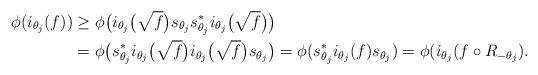
LaTeX: \begin{align*}\phi(i_{\theta_j}(f)) &\ge \phi\big(i_{\theta_j}\big(\sqrt{f}\big) s_{\theta_j} s_{\theta_j}^*i_{\theta_j}\big(\sqrt{f}\big)\big)\\ &= \phi\big(s_{\theta_j}^*i_{\theta_j}\big(\sqrt{f}\big)i_{\theta_j}\big(\sqrt{f}\big) s_{\theta_j}\big) = \phi(s_{\theta_j}^*i_{\theta_j}(f) s_{\theta_j}) = \phi(i_{\theta_j}(f \circ R_{-\theta_j}).\end{align*}